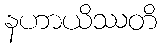
နဟာယိဿတိ